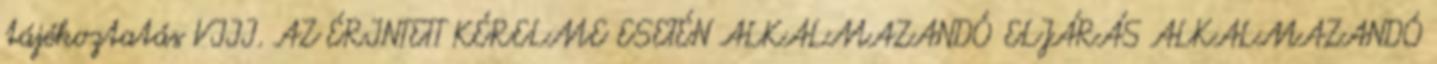
tájékoztatás VIII. AZ ÉRINTETT KÉRELME ESETÉN ALKALMAZANDÓ ELJÁRÁS ALKALMAZANDÓ